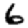
Digit: 6